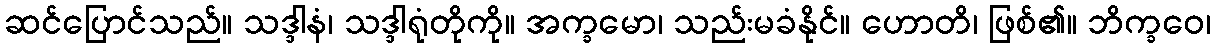
ဆင်ပြောင်သည်။ သဒ္ဒါနံ၊ သဒ္ဒါရုံတိုကို။ အက္ခမော၊ သည်းမခံနိုင်။ ဟောတိ၊ ဖြစ်၏။ ဘိက္ခဝေ၊